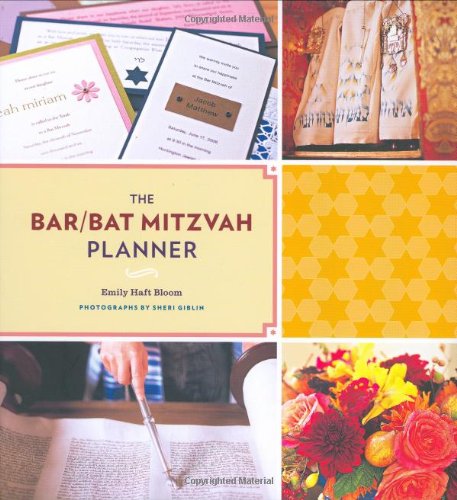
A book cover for The Bar/Bat Mitzvah Planner; Emily Haft Bloom; Cookbooks, Food & Wine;